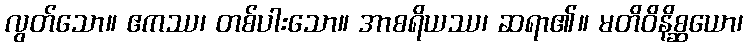
လွတ်သော။ ဧကဿ၊ တစ်ပါးသော။ အာစရိယဿ၊ ဆရာ၏။ မတိဝိနိစ္ဆယော၊